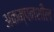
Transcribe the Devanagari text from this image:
अकम्पनशील